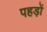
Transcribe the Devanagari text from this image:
पहड़ों